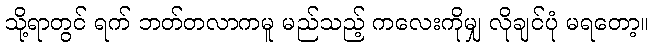
သို့ရာတွင် ရက် ဘတ်တလာကမူ မည်သည့် ကလေးကိုမျှ လိုချင်ပုံ မရတော့။